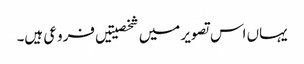
یہاں اس تصویر میں شخصیتیں فروعی ہیں۔